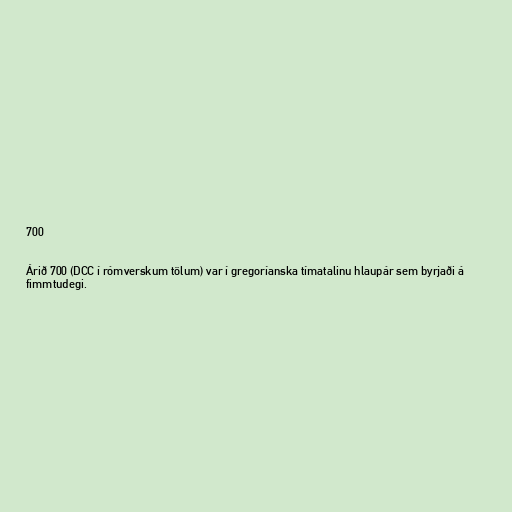
700

Árið 700 (DCC í rómverskum tölum) var í gregoríanska tímatalinu hlaupár sem byrjaði á
fimmtudegi.